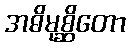
အဓိမုစ္ဆိတော